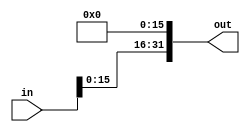
`timescale 1ns / 1ps
//////////////////////////////////////////////////////////////////////////////////
// Company: 
// Engineer: 
// 
// Design Name: 
// Module Name: shift_left_16
// Project Name: 
// Target Devices: 
// Tool Versions: 
// Description: 
// 
// Dependencies: 
// 
// Revision:
// Revision 0.01 - File Created
// Additional Comments:
// 
//////////////////////////////////////////////////////////////////////////////////


module shift_left_16(in,out
    );
parameter size = 32;

input [size-1:0] in;
output [size-1:0] out;

assign out = {in[size-17:0],16'b0000_0000_0000_0000};

endmodule